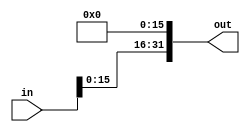
`timescale 1ns / 1ps
//////////////////////////////////////////////////////////////////////////////////
// Company: 
// Engineer: 
// 
// Design Name: 
// Module Name: shift_left_16
// Project Name: 
// Target Devices: 
// Tool Versions: 
// Description: 
// 
// Dependencies: 
// 
// Revision:
// Revision 0.01 - File Created
// Additional Comments:
// 
//////////////////////////////////////////////////////////////////////////////////


module shift_left_16(in,out
    );
parameter size = 32;

input [size-1:0] in;
output [size-1:0] out;

assign out = {in[size-17:0],16'b0000_0000_0000_0000};

endmodule